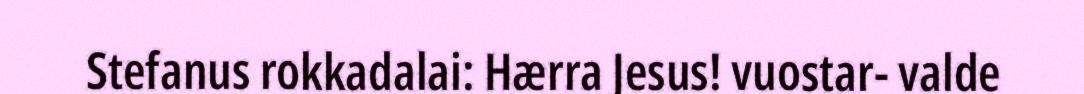
Stefanus rokkadalai: Hærra Jesus! vuostar- valde